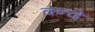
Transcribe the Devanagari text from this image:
वन्‍दे